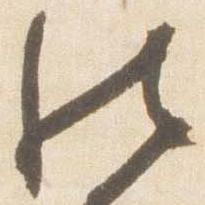
然